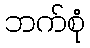
ဘက်စုံ